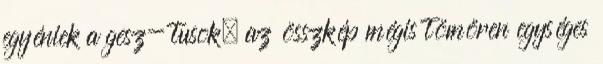
egyéniek a gesz- tusok, az összkép mégis tömören egységes